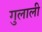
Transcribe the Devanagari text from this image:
गुलाली